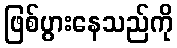
ဖြစ်ပွားနေသည်ကို